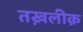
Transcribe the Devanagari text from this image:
तख़लीक़